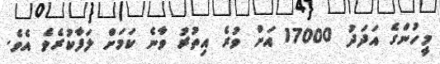
މީހުންގެ އަދަދު 17000 އަށް ވުރެ އިތުރު ވާނެ ކަމަށް ލަފާކުރެވެ އެވެ.